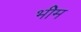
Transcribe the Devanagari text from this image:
भीेम